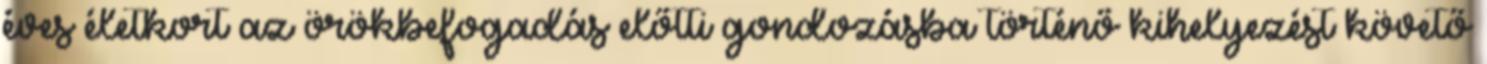
éves életkort az örökbefogadás előtti gondozásba történő kihelyezést követő